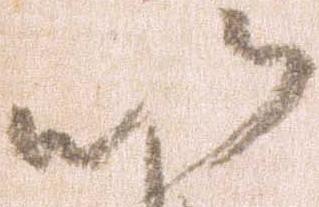
以